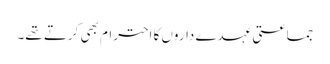
جماعتی عہدے داروں کا احترام بھی کرتے تھے۔